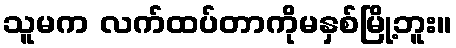
သူမက လက်ထပ်တာကိုမနှစ်မြို့ဘူး။